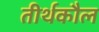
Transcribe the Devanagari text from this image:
तीर्थकौल